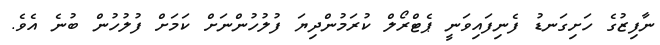
ނާފިޒުގެ ހަށިގަނޑު ފެނިފައިވަނީ ޕެޓްރޯލް ކުރަމުންދިޔަ ފުލުހުންނަށް ކަމަށް ފުލުހުން ބުނެ އެވެ.